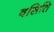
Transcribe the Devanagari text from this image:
वसिति